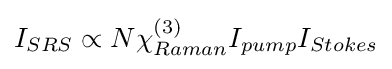
I_{SRS}\propto N\chi _{Raman}^{(3)}I_{pump}I_{Stokes}